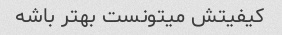
کیفیتش میتونست بهتر باشه